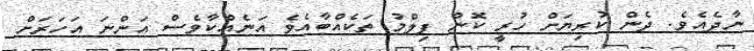
ނާދެއެވެ. ދެން ކުރިޔަށް ހުރީ ކޮން ފިލްމު ތަކެއްބާއެވެ އަނެއްކާވެސް އަންނަ އަހަރަށް